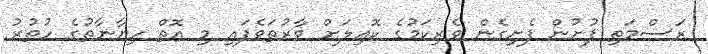
ރަސްމަތި ފުށުން ފެށިގެން ވެރިކަމުގެ ކޮއިލަށް ވާރުތަވެފައި މި އޮތް ހިޔާނާތުގެ ހުތުރު